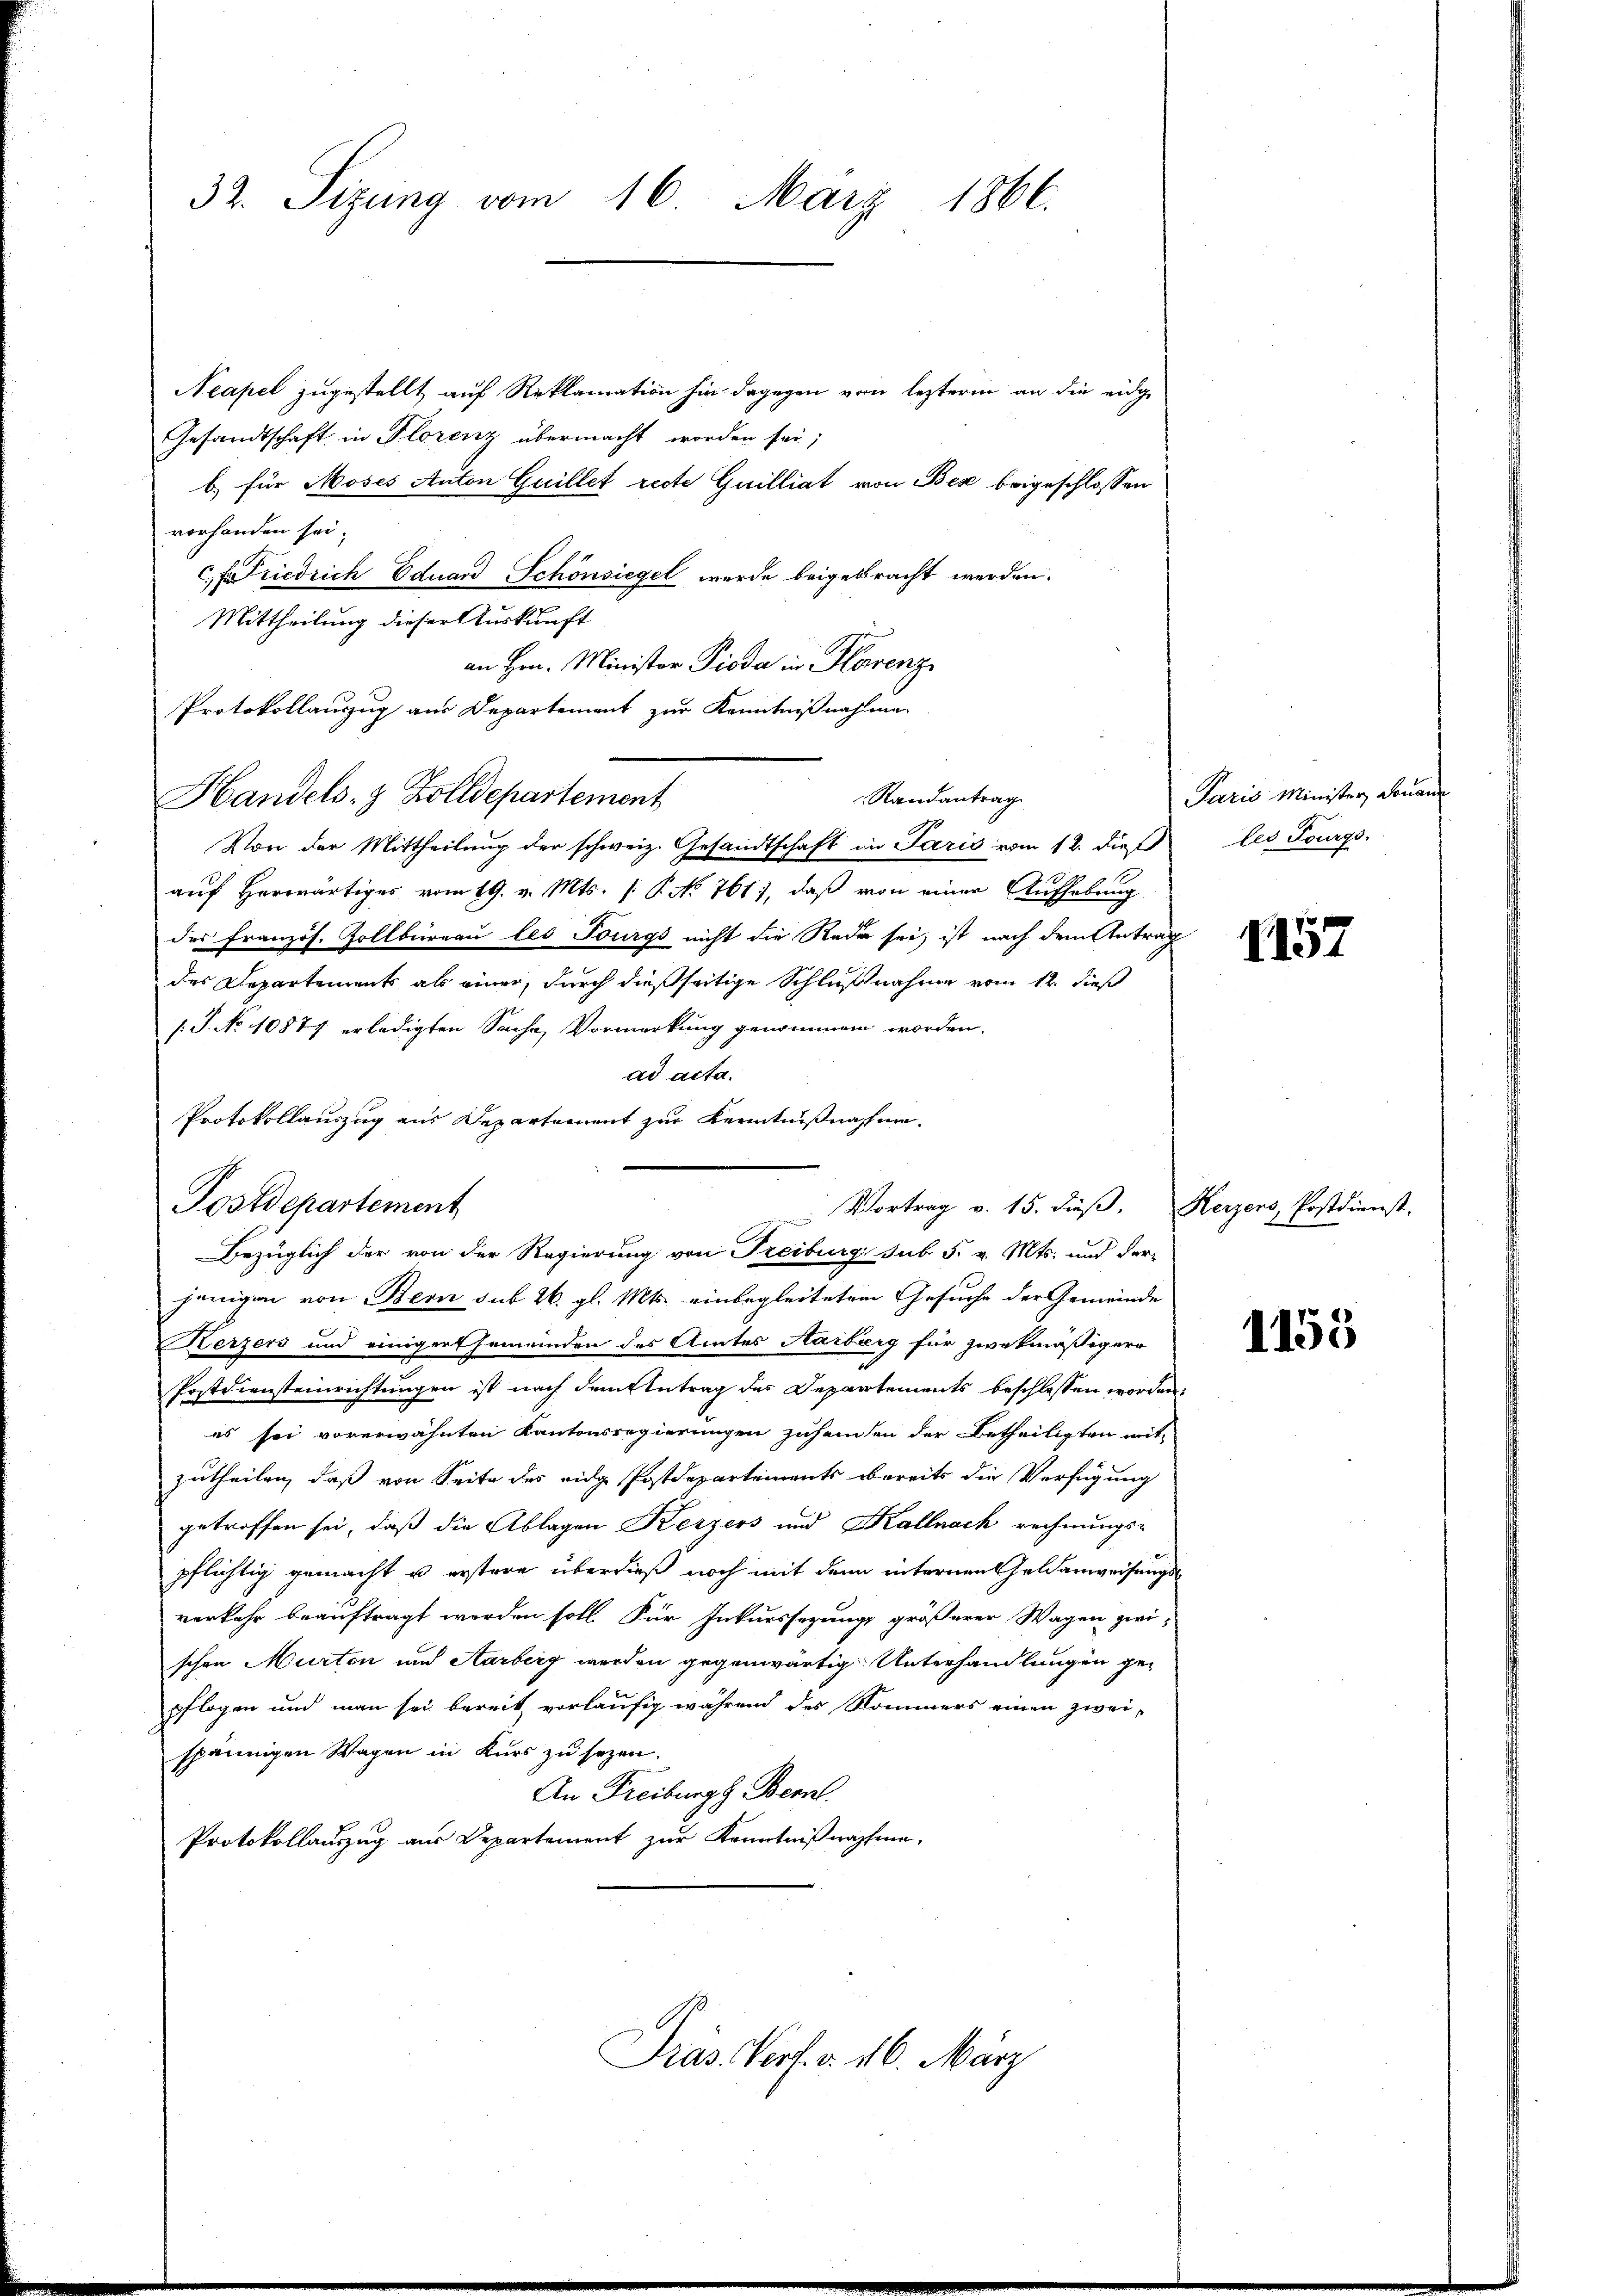
Neapel zugestellt auf Reklamation hin dagegen von lezterm an die eidge
Gesandtschaft in Florenz übermacht worden sei;
b) für Moses Anton Guillet recte Guilliat von Bex beigeschlossen
vorhanden sei.
Friedrich Eduard Schönsiegel werde beigebracht werden.
Mittheilung dieser Auskunft
an Hrn. Minister Pioda in Florenz
Protokollauszug aus Departement zur Kenntnißnahme
Handels- & Zolldepartement
aŭf herwärtiges vom 19. v. Mts. /: P. No 761), daß von einer Aufhebung
des französ. Zollbüreau les Fourgs nicht die Rede sei, ist nach dem Antrag
des Departements als einer, durch dießseitige Schlußnahme vom 12. dieß
/J. No 10877 erledigten Sache, Vormerkung genommen worden.
ad acta.
Protokollauszug aus Departement zur Kenntnißnahme.
Postdepartement
Vortrag v. 15. dieß. Herzers, Postdienst,
Bezüglich der von der Regierung von Freiburg sub 5. v. Mts. und der-
jenigen von Bern sub 26. gl. Mts. einbegleitetem Gesuche der Gemeinde
Kerzens und einiger Gemeinden des Amtes Aarberg für zwekmäßigere
Postdiensteinrichtungen ist nach dem Antrag des Departements beschlossen worden.
es sei vorerwähnten Kantonsregierungen zuhanden der Betheiligten mit
zutheilen, daß von Seite des eidge Postdepartements obereits die Verfügung
getroffen sei, daß die Ablagen Kerzers und Kalnach rechnungs-
pflichtig gemacht u. erstere überdieß noch mit den internen Geldanweisungsverkehr beauftragt werden soll. Für Inkurssazung größerer Wagen zwi-
schen Murten und Aarberg werden gegenwärtig. Unterhandlungen gepflogen und man sei bereit vorläufig während des Kommers einen zwei-
spännigen Wagen in Kurs zu sezen.
An Freiburgs Bern.
Protokollauszug aus Departement zur Kenntnißnahme,

32. Sizung vom 16. März 1866.

Randantrag
Von der Mittheilung der schweiz. Gesandtschaft in Paris vom 12. dieß les Tourgo-

Pras. Vert. d. 16. März

Paris Minister, Dona

1157

1155